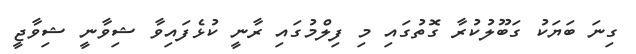
ގިނަ ބަޔަކު ގަބޫލުކުރާ ގޮތުގައި މި ފިލްމުގައި ރާނީ ކުޅެފައިވާ ޝިވާނީ ޝިވާޖީ